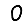
Digit: 0